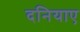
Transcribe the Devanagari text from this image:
दनियाए